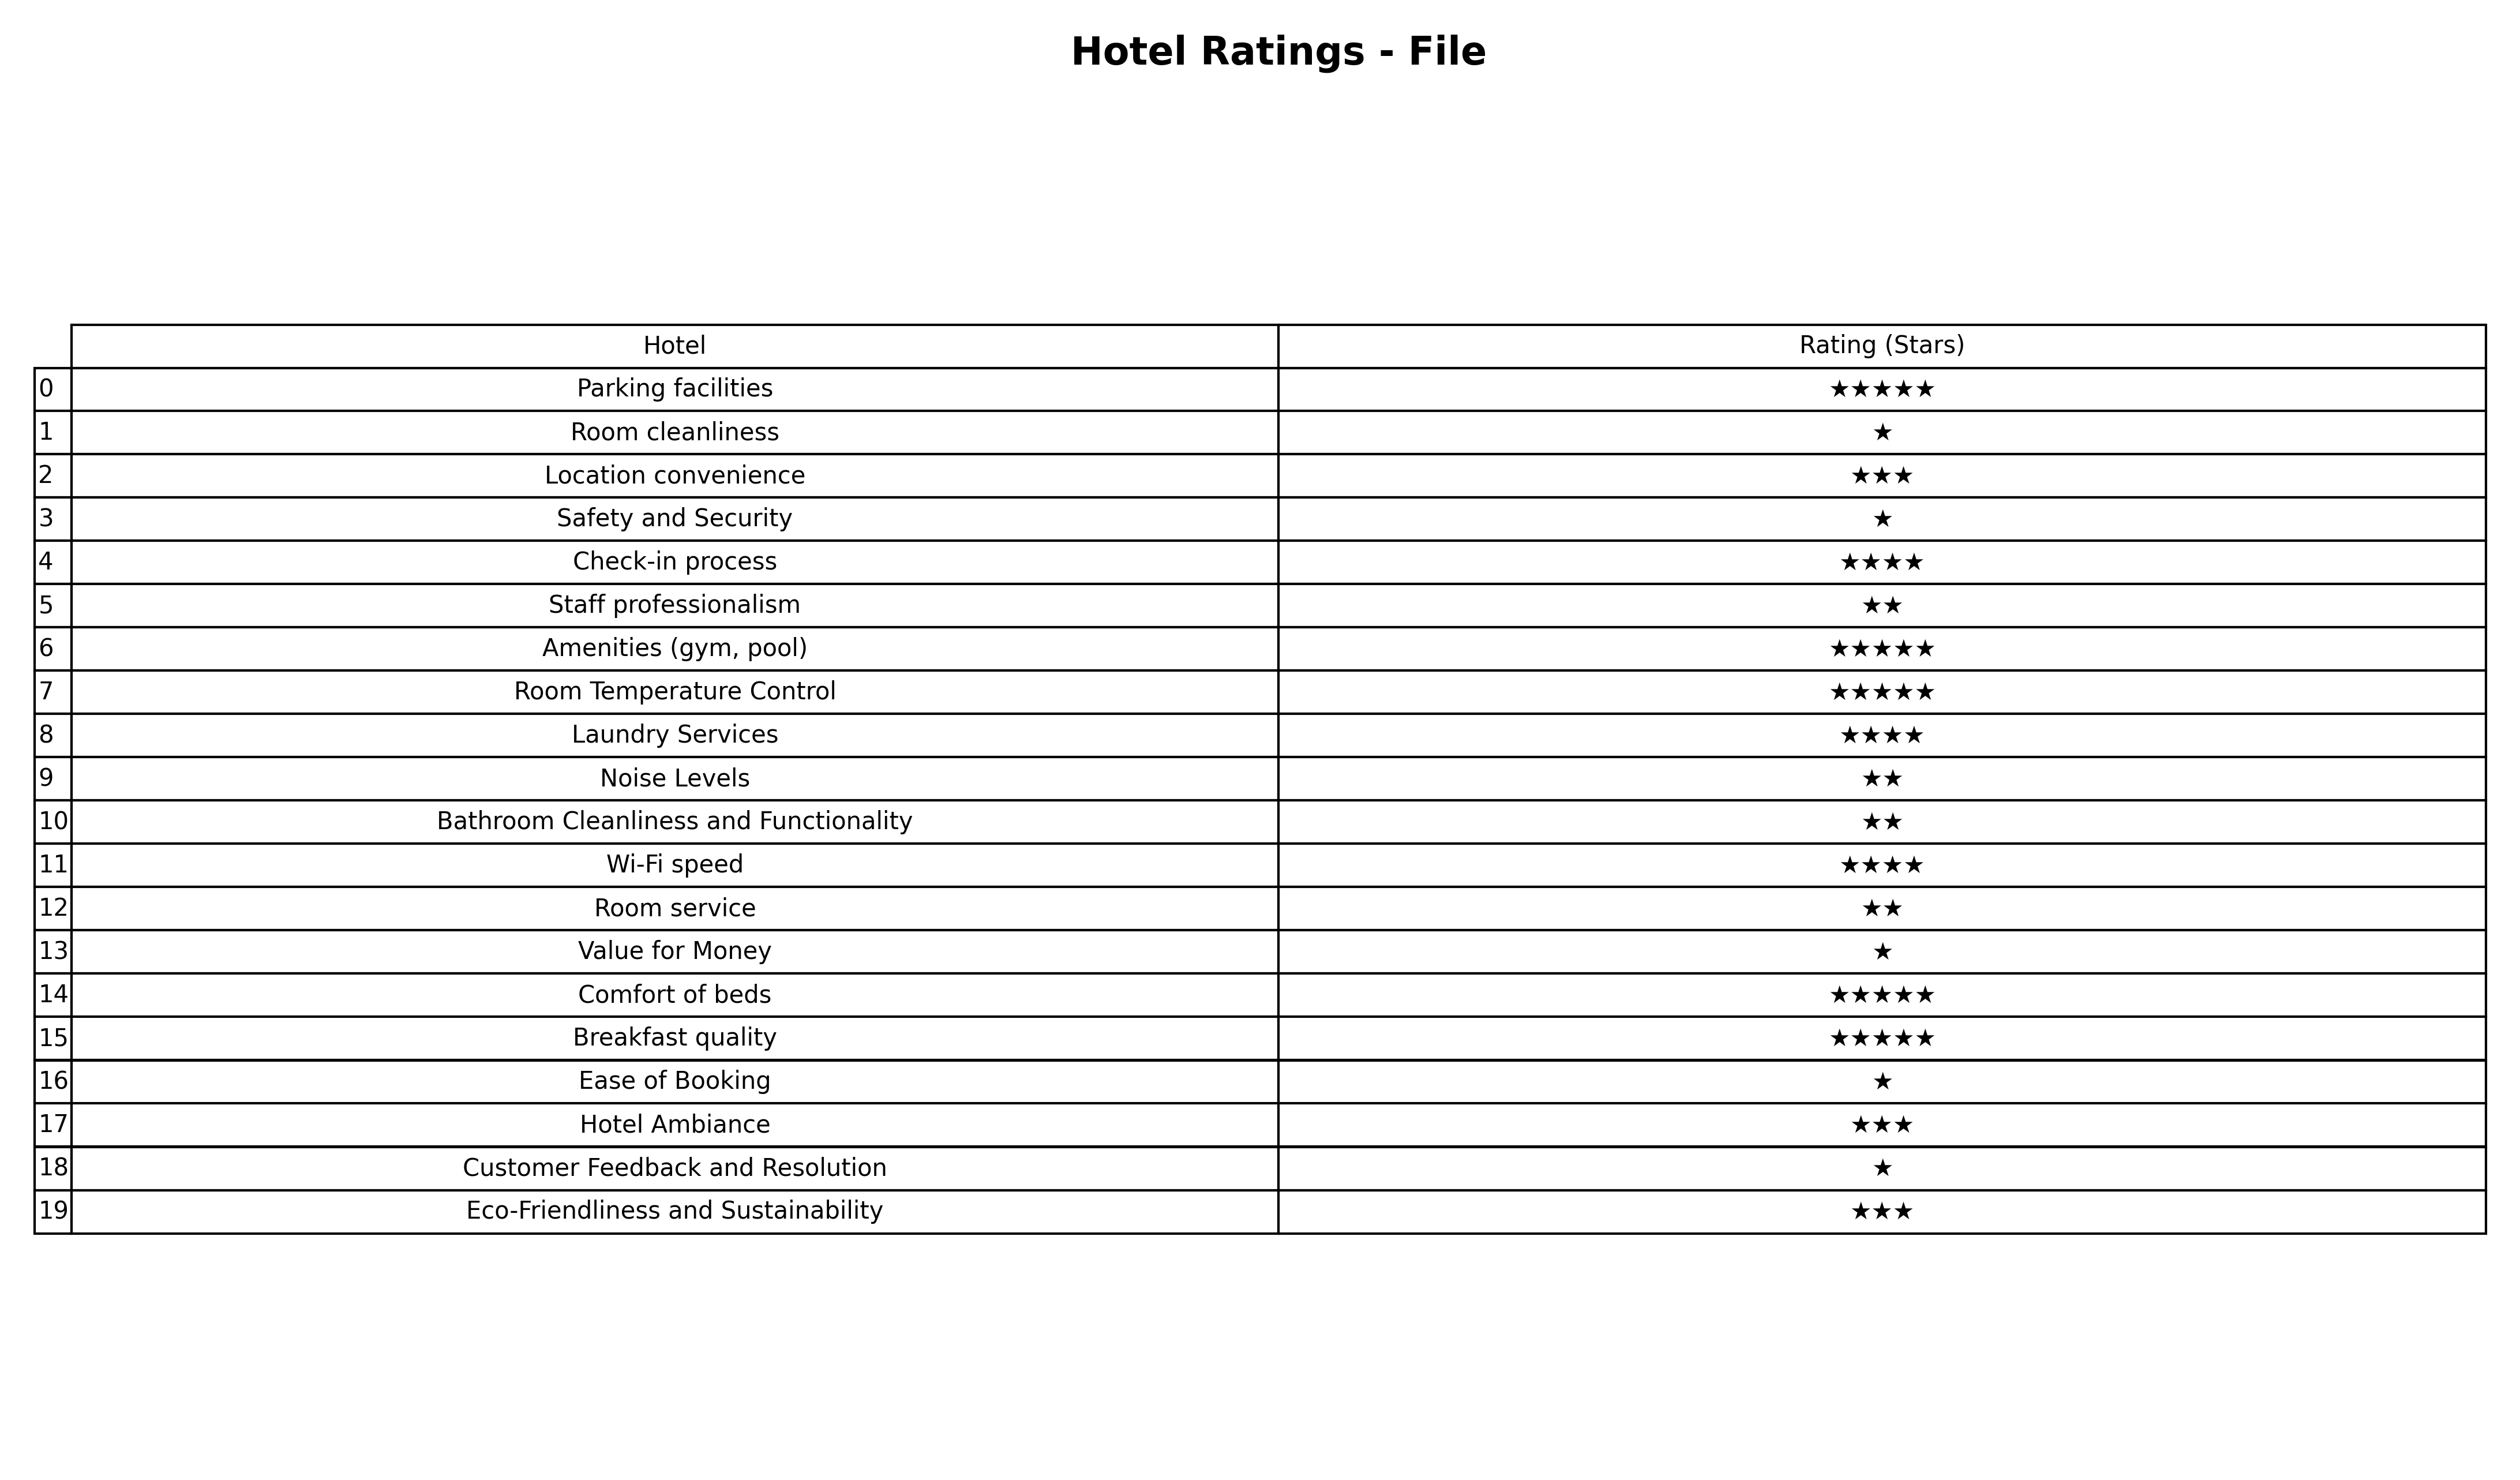
question: What are one star services?
answer: Room cleanlinessSafety and SecurityValue for MoneyEase of BookingCustomer Feedback and Resolution